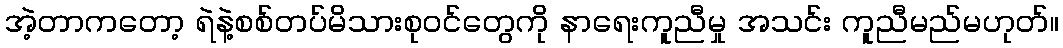
အဲ့တာကတော့ ရဲနဲ့စစ်တပ်မိသားစုဝင်တွေကို နာရေးကူညီမှု အသင်း ကူညီမည်မဟုတ်။